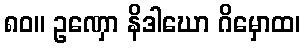
၈၀။ ဥဏှော နိဒါဃော ဂိမှောထ၊